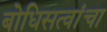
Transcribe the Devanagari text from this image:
बोधिसत्वांचा